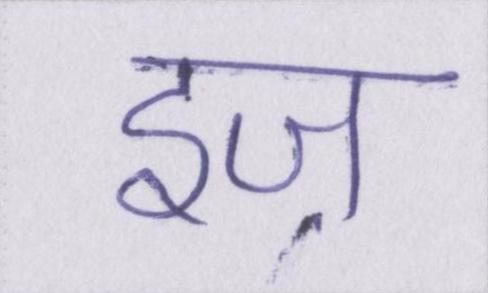
इज़